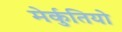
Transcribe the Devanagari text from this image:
मेर्कुतियो